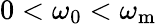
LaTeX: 0<\omega_{\mathrm{0}}<\omega_{\mathrm{m}}